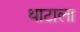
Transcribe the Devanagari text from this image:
थाटाला